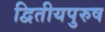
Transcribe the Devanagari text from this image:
द्वितीयपुरुष